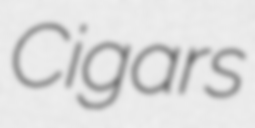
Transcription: Cigars